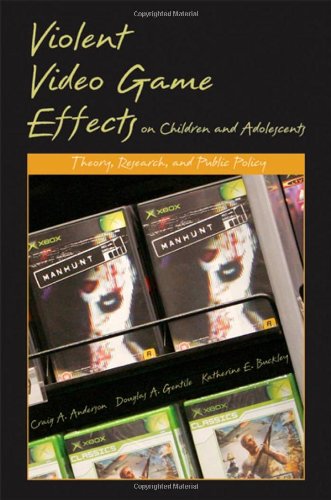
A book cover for Violent Video Game Effects on Children and Adolescents: Theory, Research, and Public Policy; Craig A. Anderson; Science & Math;